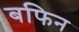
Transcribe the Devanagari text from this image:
बफिन